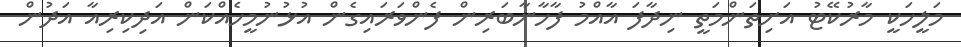
މަލީހަކީ މާރުކޭޓު އަށިތަންމަތީ ނިދާފަ އާއްމު ފާހާނާބަރިން ފެންވަރައިގެން އުޅުނުމީހެއްކަން އަދިކިރިއާ އަދުން